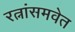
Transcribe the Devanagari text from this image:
रत्नांसमवेत